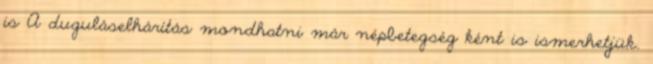
is A duguláselhárítás mondhatni már népbetegség ként is ismerhetjük.